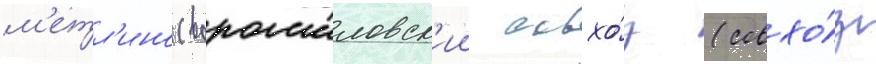
м'етл'ино (ворошиловск'ии совхо́з (совхо́з